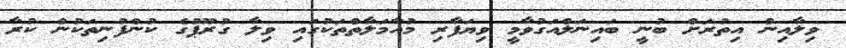
ވިލާއިން އިތުރަށް ބުނީ ބައިނަލްއަގުވާމީ ވިޔަފާރި މުއާމަލާތްތަކުގައި ވިލާ ގުރޫޕުގެ ކުންފުނިތަކުން ކުރާ